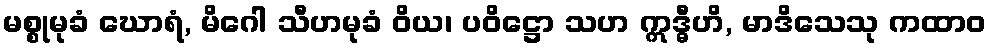
မစ္စုမုခံ ဃောရံ, မိဂေါ သီဟမုခံ ဝိယ၊ ပဝိဋ္ဌော သဟ ဣဒ္ဓီဟိ, မာဒိသေသု ကထာဝ